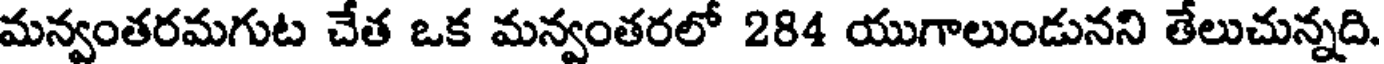
మన్వంతరమగుట చేత ఒక మన్వంతరలో 284 యుగాలుండునని తేలుచున్నది